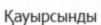
Қауырсынды